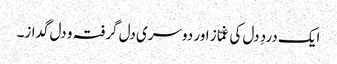
ایک دردِ دل کی غمّاز اور دوسری دل گرفتہ و دل گداز۔